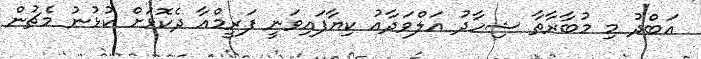
އަބްދު މި މުބާރާތާ ޝިހާދު އަލްވަދާއު ކިޔާފައިވަނީ ފަރީމްއާ ދެކޮޅަށް ކުޅުނު މެޗުން